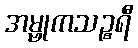
အမ္ဗုကသဉ္စရီ